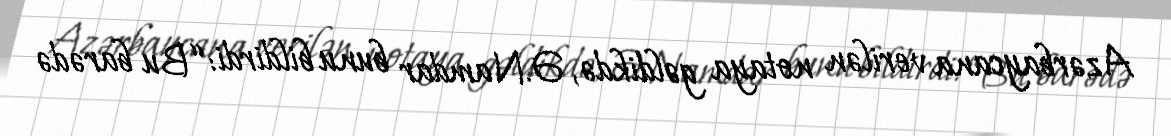
Azərbaycana verilən notaya gəldikdə, Ə.Namdar bunu bildirdi: “Bu barədə